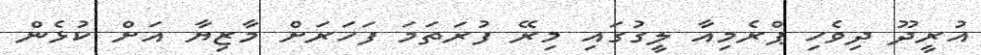
އުރީދޫ ދިވެހި ޕްރެމިއާ ލީގުގައި މިރޭ ފުރަތަމަ ފަހަރަށް މާޒިޔާ އަށް ކުޅެން